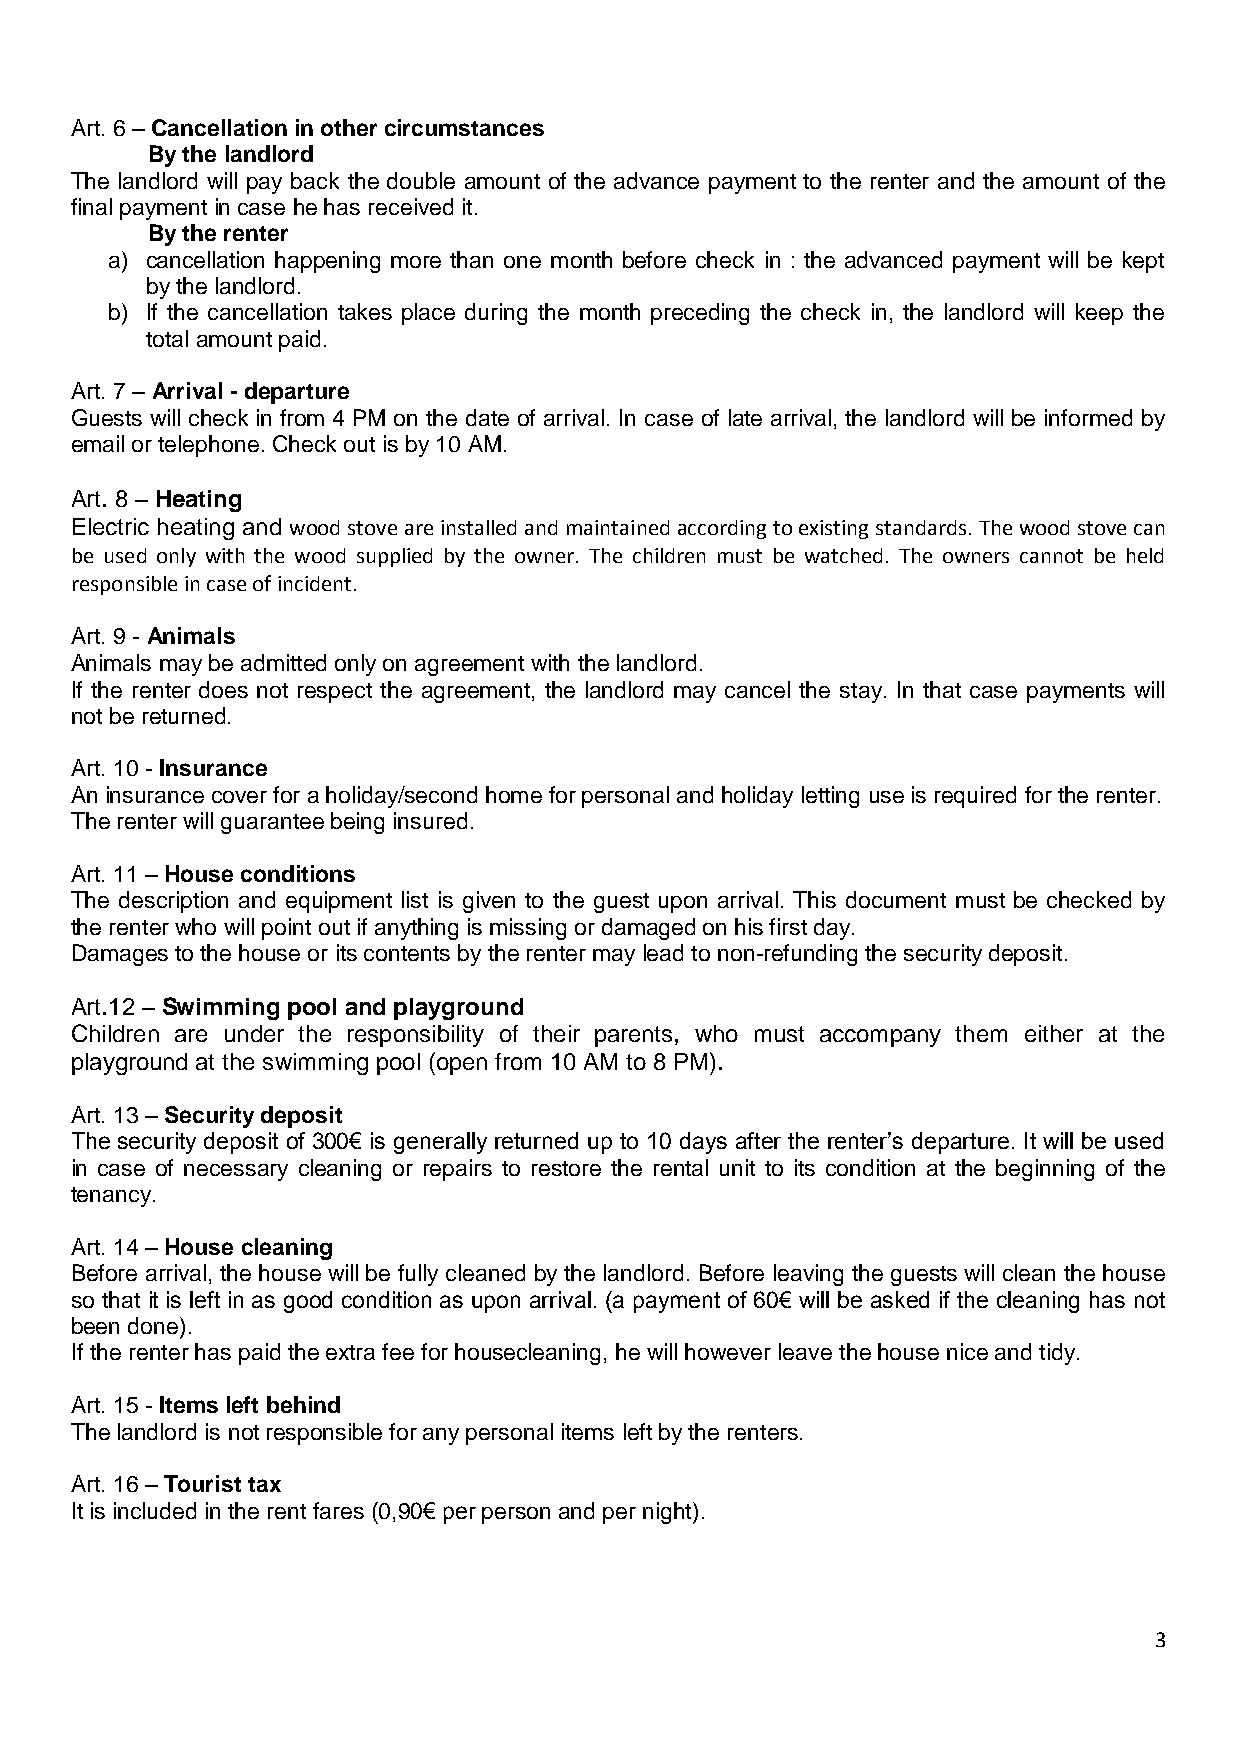
Art. 6 – Cancellation in other circumstances
 By the landlord
 The landlord will pay back the double amount of the advance payment to the renter and the amount of the
 final payment in case he has received it.
 By the renter
 a) cancellation happening more than one month before check in : the advanced payment will be kept
 by the landlord.
 b) If the cancellation takes place during the month preceding the check in, the landlord will keep the
 total amount paid.
 Art. 7 – Arrival - departure
 Guests will check in from 4 PM on the date of arrival. In case of late arrival, the landlord will be informed by
 email or telephone. Check out is by 10 AM.
 Art. 8 – Heating
 Electric heating and wood stove are installed and maintained according to existing standards. The wood stove can
 be used only with the wood supplied by the owner. The children must be watched. The owners cannot be held
 responsible in case of incident.
 Art. 9 - Animals
 Animals may be admitted only on agreement with the landlord.
 If the renter does not respect the agreement, the landlord may cancel the stay. In that case payments will
 not be returned.
 Art. 10 - Insurance
 An insurance cover for a holiday/second home for personal and holiday letting use is required for the renter.
 The renter will guarantee being insured.
 Art. 11 – House conditions
 The description and equipment list is given to the guest upon arrival. This document must be checked by
 the renter who will point out if anything is missing or damaged on his first day.
 Damages to the house or its contents by the renter may lead to non-refunding the security deposit.
 Art.12 – Swimming pool and playground
 Children are under the responsibility of their parents, who must accompany them either at the
 playground at the swimming pool (open from 10 AM to 8 PM).
 Art. 13 – Security deposit
 The security deposit of 300€ is generally returned up to 10 days after the renter’s departure. It will be used
 in case of necessary cleaning or repairs to restore the rental unit to its condition at the beginning of the
 tenancy.
 Art. 14 – House cleaning
 Before arrival, the house will be fully cleaned by the landlord. Before leaving the guests will clean the house
 so that it is left in as good condition as upon arrival. (a payment of 60€ will be asked if the cleaning has not
 been done).
 If the renter has paid the extra fee for housecleaning, he will however leave the house nice and tidy.
 Art. 15 - Items left behind
 The landlord is not responsible for any personal items left by the renters.
 Art. 16 – Tourist tax
 It is included in the rent fares (0,90€ per person and per night).
 3